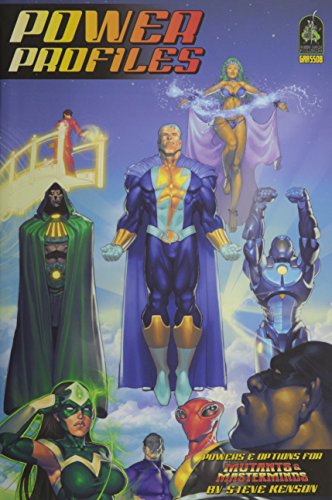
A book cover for Mutants Masterminds Power Profiles; Science Fiction & Fantasy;